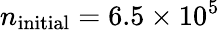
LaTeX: n_{\mathrm{initial}}=6.5\times 10^{5}